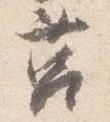
筥